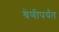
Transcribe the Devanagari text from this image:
श्रेणीपर्यंत